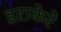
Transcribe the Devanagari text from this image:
इराकेरे